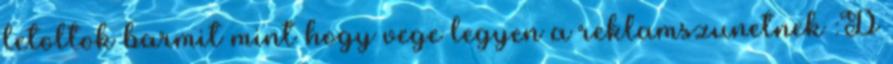
letoltok barmit mint hogy vege legyen a reklamszunetnek :D